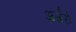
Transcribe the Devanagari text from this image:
अर्जरो